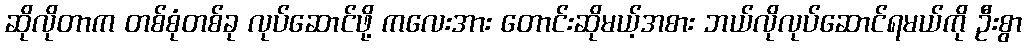
ဆိုလိုတာက တစ်စုံတစ်ခု လုပ်ဆောင်ဖို့ ကလေးအား တောင်းဆိုမယ့်အစား ဘယ်လိုလုပ်ဆောင်ရမယ်ကို ဦးစွာ